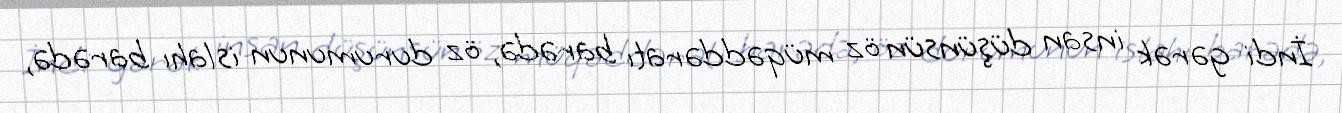
İndi gərək insan düşünsün öz müqəddəratı barədə, öz durumunun islahı barədə,